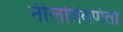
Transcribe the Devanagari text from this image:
नीलविवर्णता